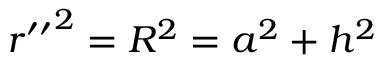
{ r ^ { \prime \prime } } ^ { 2 } = R ^ { 2 } = a ^ { 2 } + h ^ { 2 }